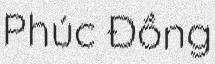
Phúc Đồng